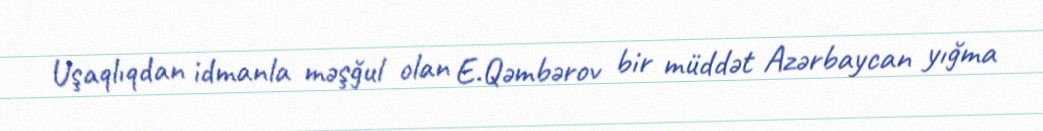
Uşaqlıqdan idmanla məşğul olan E.Qəmbərov bir müddət Azərbaycan yığma